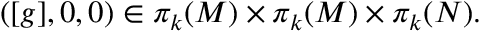
( [ g ] , 0 , 0 ) \in \pi _ { k } ( M ) \times \pi _ { k } ( M ) \times \pi _ { k } ( N ) .